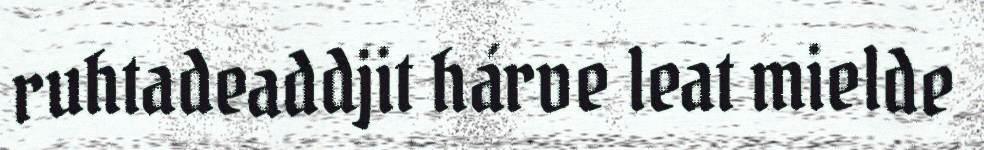
ruhtadeaddjit hárve leat mielde